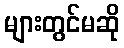
များတွင်မဆို